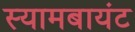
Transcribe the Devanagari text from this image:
स्‍यामबायंट